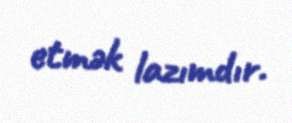
etmək lazımdır.